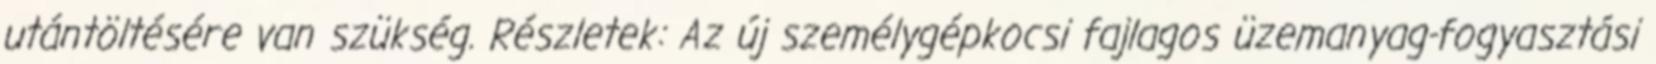
utántöltésére van szükség. Részletek: Az új személygépkocsi fajlagos üzemanyag-fogyasztási